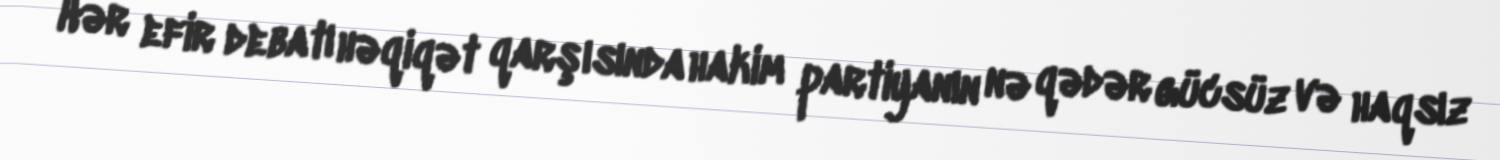
Hər efir debatı həqiqət qarşısında hakim partiyanın nə qədər gücsüz və haqsız